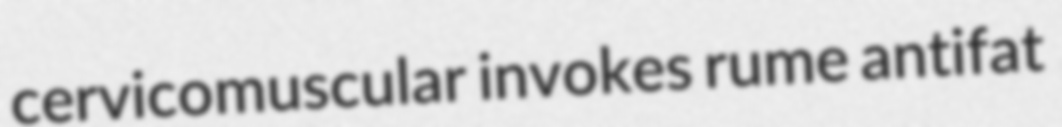
cervicomuscular invokes rume antifat